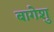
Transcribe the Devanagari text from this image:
बागेशु